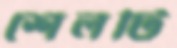
শেলটি